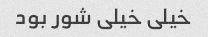
خیلی خیلی شور بود